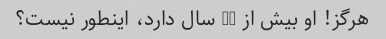
هرگز! او بیش از 80 سال دارد، اینطور نیست؟